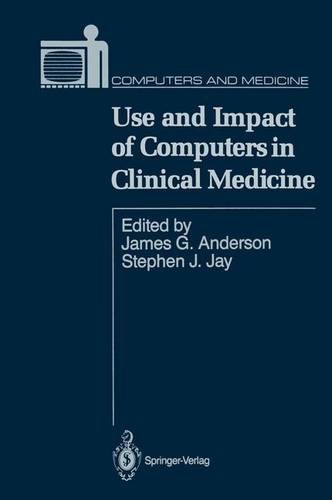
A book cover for Use and Impact of Computers in Clinical Medicine (Computers and Medicine); Medical Books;